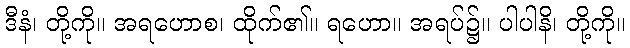
ဒီနံ၊ တို့ကို။ အရဟောစ၊ ထိုက်၏။ ရဟော။ အရပ်၌။ ပါပါနိ၊ တို့ကို။